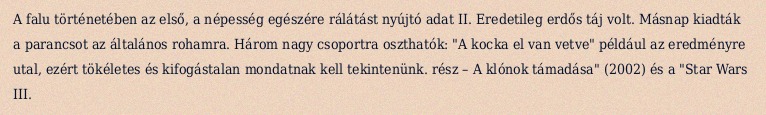
A falu történetében az első, a népesség egészére rálátást nyújtó adat II. Eredetileg erdős táj volt. Másnap kiadták a parancsot az általános rohamra. Három nagy csoportra oszthatók: "A kocka el van vetve" például az eredményre utal, ezért tökéletes és kifogástalan mondatnak kell tekintenünk. rész – A klónok támadása" (2002) és a "Star Wars III.